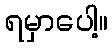
ရမှာပေါ့။